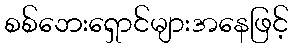
စစ်ဘေးရှောင်များအနေဖြင့်